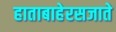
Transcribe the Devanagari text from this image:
हाताबाहेरसजाते